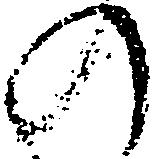
の